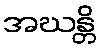
အဃန္တိ